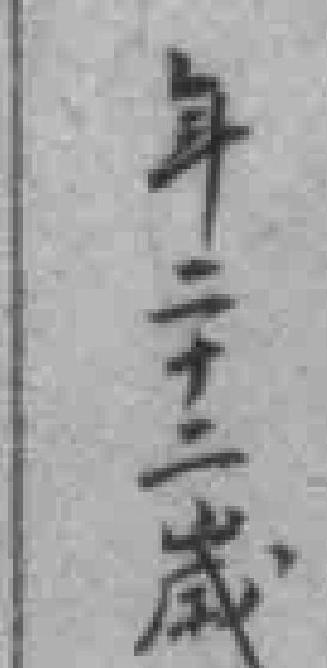
年二十二歲